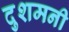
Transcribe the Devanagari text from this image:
दुशमनी